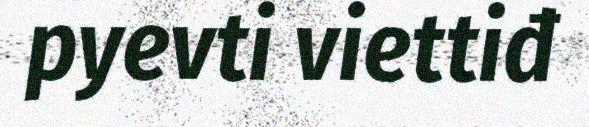
pyevti viettiđ